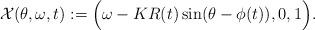
LaTeX: \begin{align*} {\mathcal X}(\theta,\omega,t) := \Big(\omega-KR(t)\sin(\theta-\phi(t)),0,1 \Big). \end{align*}